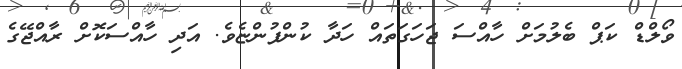
ވޯލްޑް ކަޕް ބެލުމަށް ހާއްސަ ޖަހަގަތައް ހަދާ ކުންފުންޏެވެ. އަދި ހާއްސަކޮށް ރާއްޖޭގެ